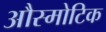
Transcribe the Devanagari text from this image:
औस्मोटिक